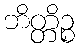
ဘိတ္တိဉ္စ